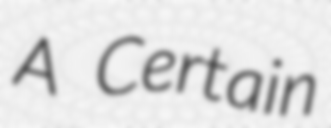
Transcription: A Certain